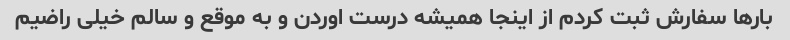
بارها سفارش ثبت کردم از اینجا همیشه درست اوردن و به موقع و سالم خیلی راضیم